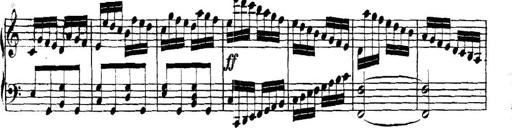
Title: Collected Piano Sonatas
Composer: Muzio Clementi